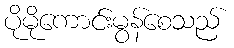
ပိုမိုကောင်းမွန်စေသည်